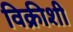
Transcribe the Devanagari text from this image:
विक्रीशी